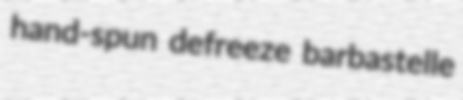
hand-spun defreeze barbastelle